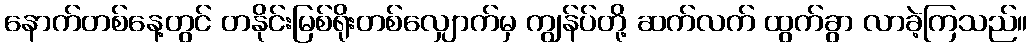
နောက်တစ်နေ့တွင် တနိုင်းမြစ်ရိုးတစ်လျှောက်မှ ကျွန်ပ်တို့ ဆက်လက် ထွက်ခွာ လာခဲ့ကြသည်။